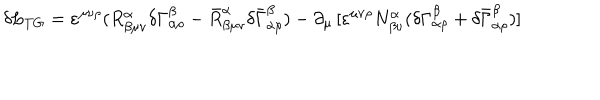
LaTeX: \delta L _ { T G } = \varepsilon ^ { \mu \nu \rho } ( R _ { \beta \mu \nu } ^ { \alpha } \delta \Gamma _ { \alpha \rho } ^ { \beta } - \bar { R } _ { \beta \mu \nu } ^ { \alpha } \delta \bar { \Gamma } _ { \alpha \rho } ^ { \beta } ) - \partial _ { \mu } \, [ \varepsilon ^ { \mu \nu \rho } N _ { \beta \nu } ^ { \alpha } ( \delta \Gamma _ { \alpha \rho } ^ { \beta } + \delta \bar { \Gamma } _ { \alpha \rho } ^ { \beta } ) ]